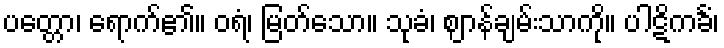
ပတ္တော၊ ရောက်၏။ ဝရံ၊ မြတ်သော။ သုခံ၊ ဈာန်ချမ်းသာကို။ ပါဋိကင်္ခံ၊